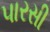
પારસી